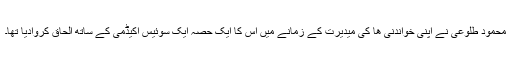
محمود طلوعی نے اپنی خواندنی ھا کی میدیرت کے زمانے میں اس کا ایک حصہ ایک سوئیس اکیڈمی کے ساتھ الحاق کروادیا تھا۔